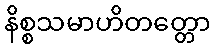
နိစ္စသမာဟိတတ္တော